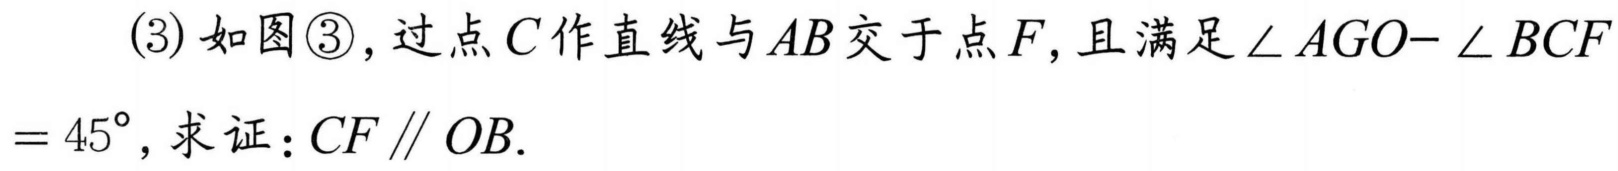
(3) 如图\textcircled{3}，过点\(C\)作直线与\(AB\)交于点\(F\)，且满足\(\angle AGO - \angle BCF= 45^{\circ}\)，求证：\(CF\parallel OB\).